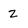
Character: 2